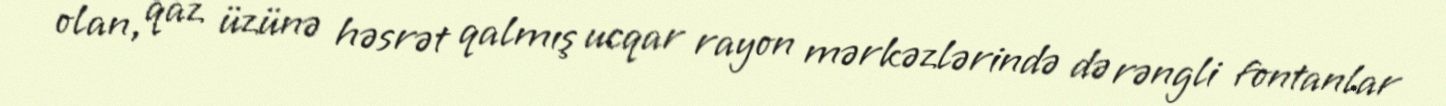
olan, qaz üzünə həsrət qalmış ucqar rayon mərkəzlərində də rəngli fontanlar